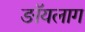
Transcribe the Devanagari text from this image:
ङॉयलाग